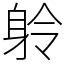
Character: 䠲